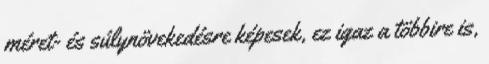
méret- és súlynövekedésre képesek, ez igaz a többire is,